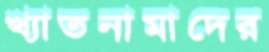
খ্যাতনামাদের